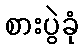
စားပွဲခုံ